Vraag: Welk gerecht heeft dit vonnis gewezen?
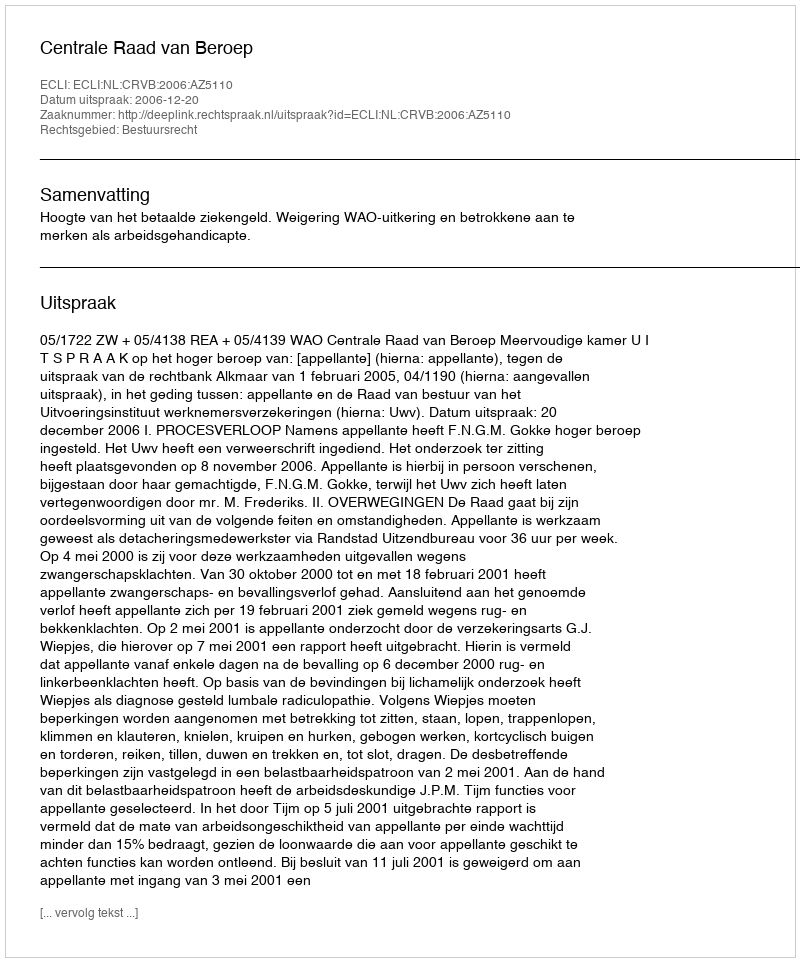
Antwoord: Centrale Raad van Beroep